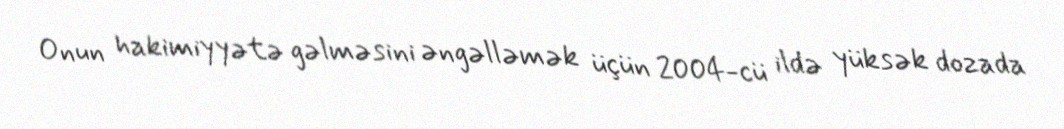
Onun hakimiyyətə gəlməsini əngəlləmək üçün 2004-cü ildə yüksək dozada